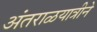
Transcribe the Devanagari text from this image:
अंतराळयात्रीने